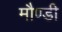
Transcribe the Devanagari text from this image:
मौण्डी